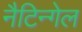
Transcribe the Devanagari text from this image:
नैटिन्गेल